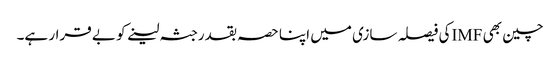
چین بھی IMFکی فیصلہ سازی میں اپنا حصہ بقدرجثہ لینے کو بے قرار ہے۔